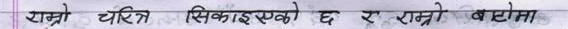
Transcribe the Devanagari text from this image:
राम्रो चरित्र सिकाइएको छ र राम्रो ब्यबस्था